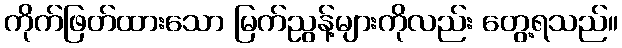
ကိုက်ဖြတ်ထားသော မြက်ညွန့်များကိုလည်း တွေ့ရသည်။